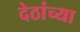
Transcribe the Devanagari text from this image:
देठांच्या